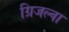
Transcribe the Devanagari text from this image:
ग्रिजल्वा